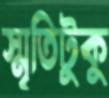
স্মৃতিটুকু